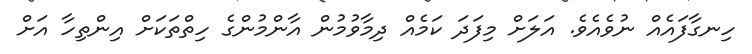
ހިނގާފައެއް ނުވެއެވެ. އަލަށް މިފަދަ ކަމެއް ދިމާވުމުން އާންމުންގެ ހިތްތަކަށް އިންތިހާ އަށް